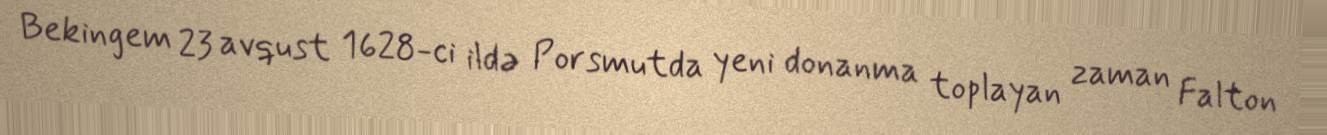
Bekingem 23 avqust 1628-ci ildə Porsmutda yeni donanma toplayan zaman Falton